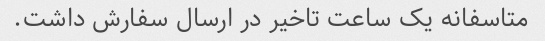
متاسفانه یک ساعت تاخیر در ارسال سفارش داشت.